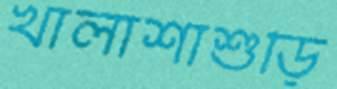
খালাশাশুড়ি